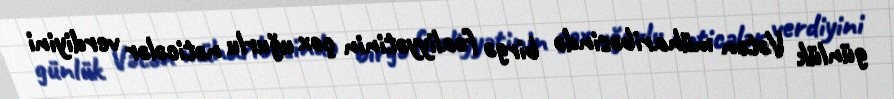
günlük Vətən müharibəsində birgə fəaliyyətinin çox uğurlu nəticələr verdiyini